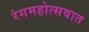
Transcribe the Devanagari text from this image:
रंगमहोत्सवात